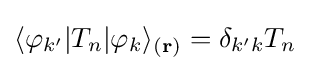
\langle \varphi _{k'}|T_{n}|\varphi _{k}\rangle _{(\mathbf {r} )}=\delta _{k'k}T_{n}